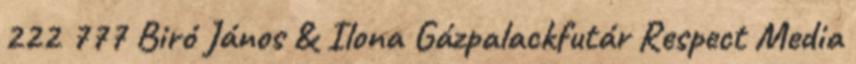
222 777 Biró János & Ilona Gázpalackfutár Respect Media